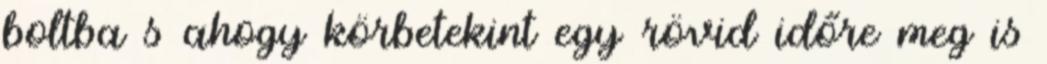
boltba s ahogy körbetekint egy rövid időre meg is